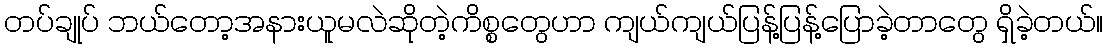
တပ်ချုပ် ဘယ်တော့အနားယူမလဲဆိုတဲ့ကိစ္စတွေဟာ ကျယ်ကျယ်ပြန့်ပြန့်ပြောခဲ့တာတွေ ရှိခဲ့တယ်။